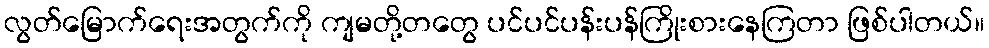
လွတ်မြောက်ရေးအတွက်ကို ကျမတို့တတွေ ပင်ပင်ပန်းပန်ကြိုးစားနေကြတာ ဖြစ်ပါတယ်။